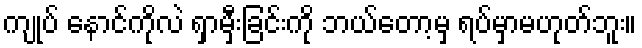
ကျုပ် နောင်ကိုလဲ ရှာမှီးခြင်းကို ဘယ်တော့မှ ရပ်မှာမဟုတ်ဘူး။